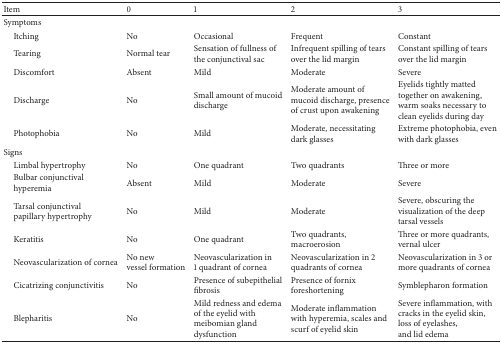
<table><thead><tr><td><b>Item</b></td><td><b>0</b></td><td><b>1</b></td><td><b>2</b></td><td><b>3</b></td></tr></thead><tbody><tr><td>Symptoms</td><td> </td><td> </td><td> </td><td> </td></tr><tr><td> Itching</td><td>No</td><td>Occasional</td><td>Frequent</td><td>Constant</td></tr><tr><td> Tearing</td><td>Normal tear</td><td>Sensation of fullness of the conjunctival sac</td><td>Infrequent spilling of tears over the lid margin</td><td>Constant spilling of tears over the lid margin</td></tr><tr><td> Discomfort</td><td>Absent</td><td>Mild</td><td>Moderate</td><td>Severe</td></tr><tr><td> Discharge</td><td>No</td><td>Small amount of mucoid discharge</td><td>Moderate amount of mucoid discharge, presence of crust upon awakening</td><td>Eyelids tightly matted together on awakening, warm soaks necessary to clean eyelids during day</td></tr><tr><td> Photophobia</td><td>No</td><td>Mild</td><td>Moderate, necessitating dark glasses</td><td>Extreme photophobia, even with dark glasses</td></tr><tr><td>Signs</td><td> </td><td> </td><td> </td><td> </td></tr><tr><td> Limbal hypertrophy</td><td>No</td><td>One quadrant</td><td>Two quadrants</td><td>Three or more</td></tr><tr><td> Bulbar conjunctival hyperemia</td><td>Absent</td><td>Mild</td><td>Moderate</td><td>Severe</td></tr><tr><td> Tarsal conjunctival papillary hypertrophy</td><td>No</td><td>Mild</td><td>Moderate</td><td>Severe, obscuring the visualization of the deep tarsal vessels</td></tr><tr><td> Keratitis</td><td>No</td><td>One quadrant</td><td>Two quadrants, macroerosion</td><td>Three or more quadrants, vernal ulcer</td></tr><tr><td> Neovascularization of cornea</td><td>No new vessel formation</td><td>Neovascularization in1 quadrant of cornea</td><td>Neovascularization in 2 quadrants of cornea</td><td>Neovascularization in 3 or more quadrants of cornea</td></tr><tr><td> Cicatrizing conjunctivitis </td><td>No</td><td>Presence of subepithelial fibrosis</td><td>Presence of fornix foreshortening</td><td>Symblepharon formation</td></tr><tr><td> Blepharitis</td><td>No</td><td>Mild redness and edema of the eyelid with meibomian gland dysfunction</td><td>Moderate inflammation with hyperemia, scales and scurf of eyelid skin</td><td>Severe inflammation, with cracks in the eyelid skin, loss of eyelashes,and lid edema</td></tr></tbody></table>